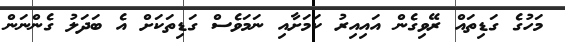
މަހުގެ ގަޑިތައް ރޭވިގެން އައިއިރު ކަމަށާއި ނަމަވެސް ގަޑިތަކަށް އެ ބަދަލު ގެންނަން